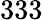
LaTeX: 333